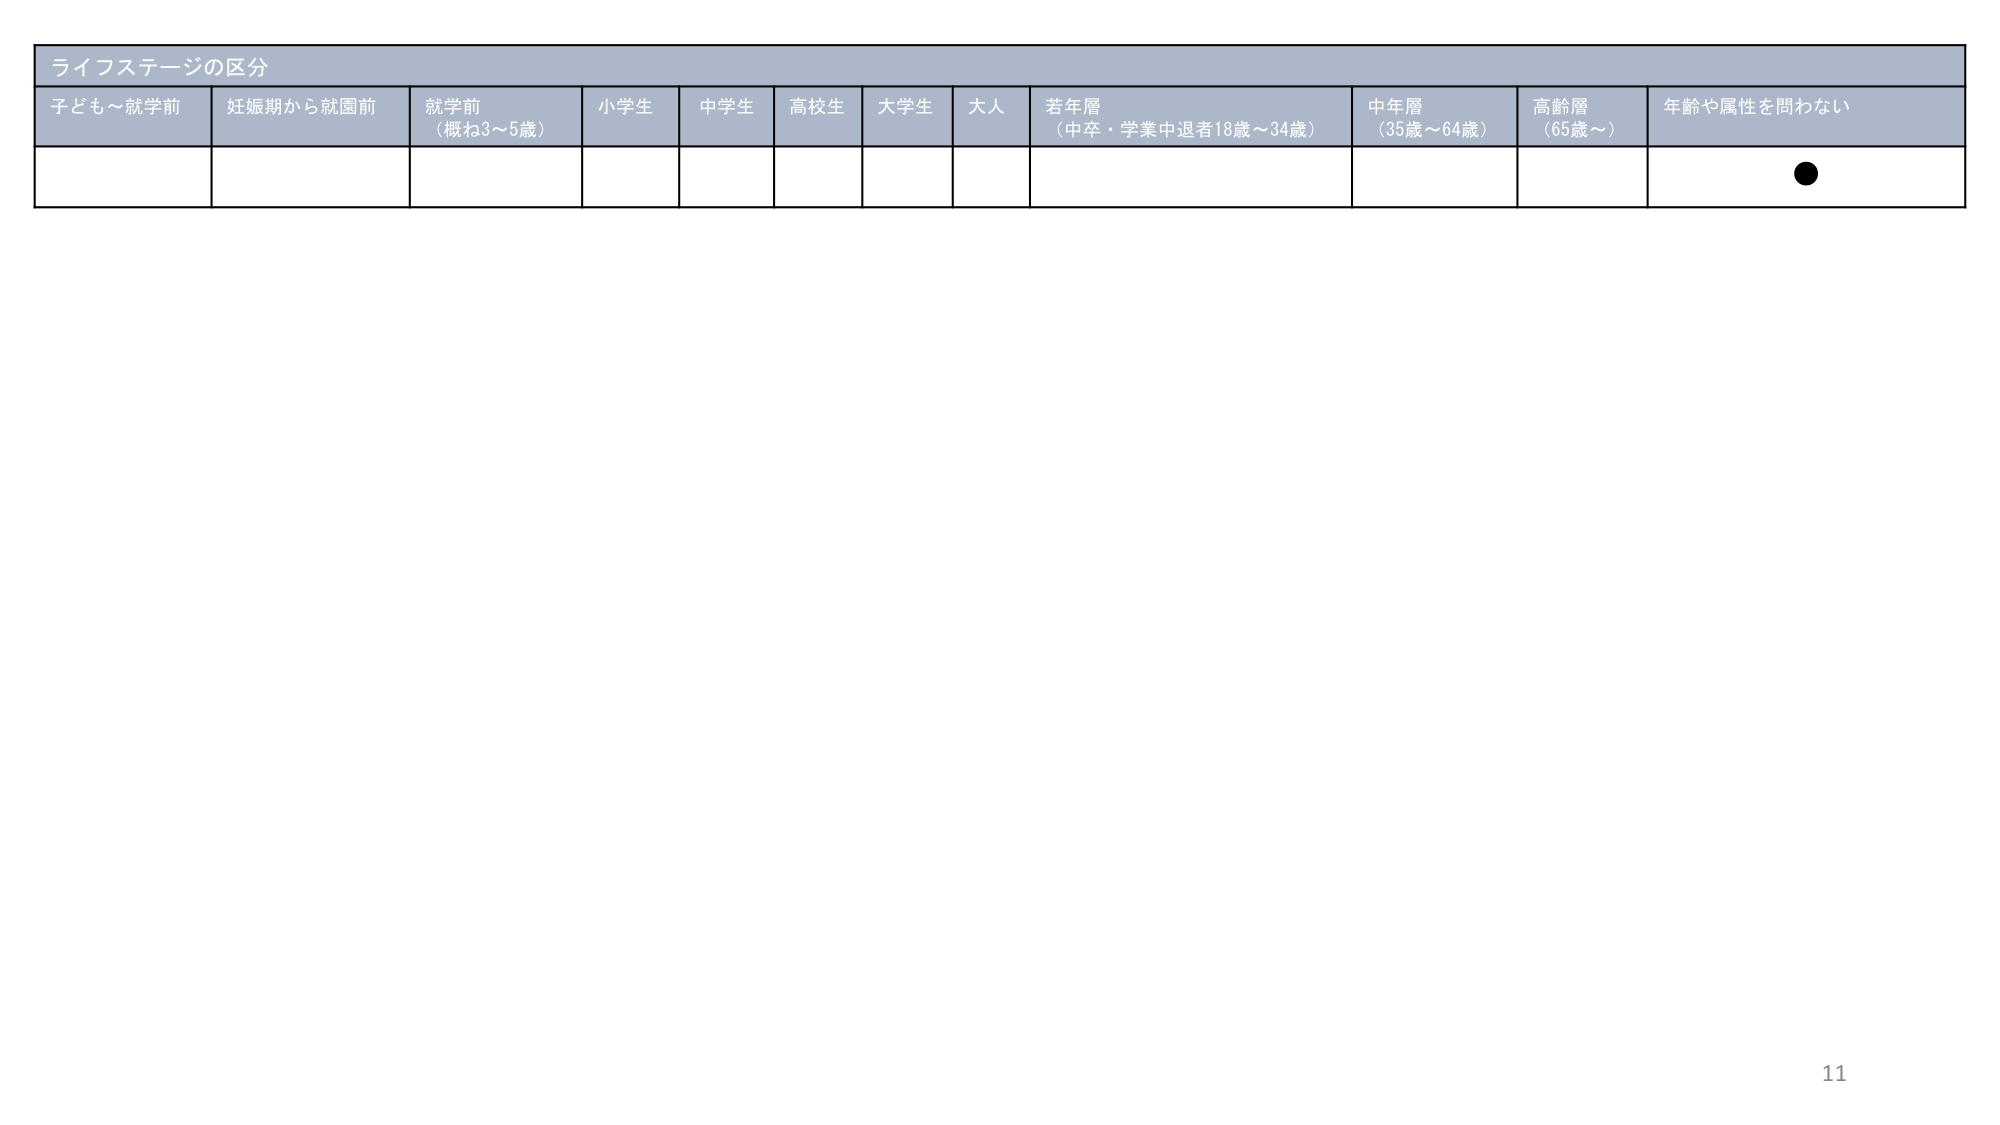
ライフステージの区分
子ども～就学前
妊娠期から就園前
就学前
（概ね3～5歳）
小学生
中学生
高校生
大学生
大人
若年層
（中卒・学業中退者18歳～34歳）
中年層
（35歳～64歳）
高齢層
（65歳～）
年齢や属性を問わない
●
11